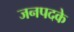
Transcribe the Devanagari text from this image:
जनपदके